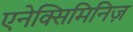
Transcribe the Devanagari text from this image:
एनेक्सिमिनिज़